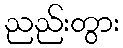
ညည်းတွား